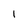
Character: 1